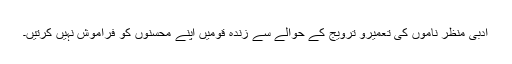
ادبی منظر ناموں کی تعمیرو ترویج کے حوالے سے زندہ قومیں اپنے محسنوں کو فراموش نہیں کرتیں۔